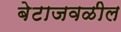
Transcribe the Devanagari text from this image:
बेटाजवळील